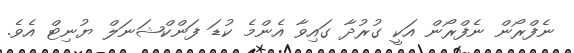
ނެފްރޯން ނެފްރޯން އަކީ ގުރުދާ ގައިވާ އެންމެ ކުޑަ ފަންކްޝަނަލް ޔުނިޓް އެވެ.